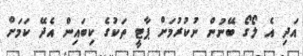
އަދި އެ ލޯގޯ ބޭނުން ނުކުރުމަށް ޕާޓީ ތަކުގެ ކިބައިން އެދޭ ކަމަށް